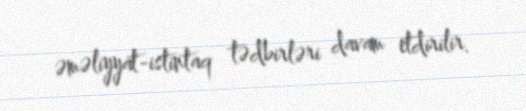
əməliyyat-istintaq tədbirləri davam etdirilir.